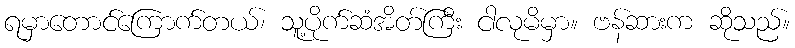
ရမှာတောင်ကြောက်တယ်၊ သူ့ပိုက်ဆံအိတ်ကြီး ငါလုမိမှာ။ ဗန်ဆားက ဆိုသည်။